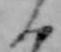
ん